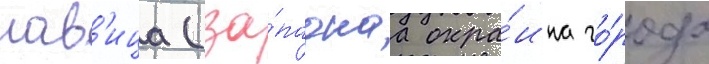
лав'ица (за́паднаа окра́ина го́рода